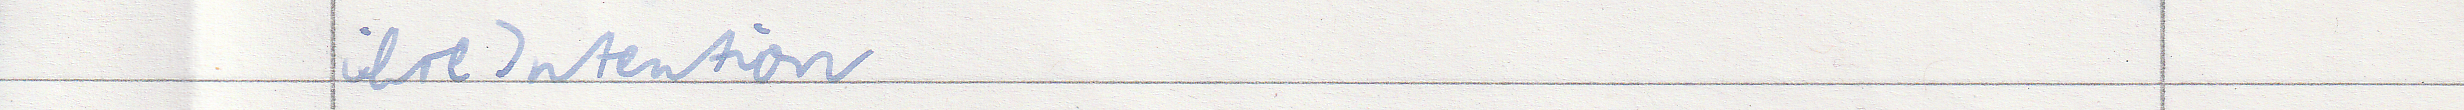
ihre Intention